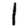
Digit: 1